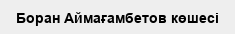
Боран Аймағамбетов көшесі